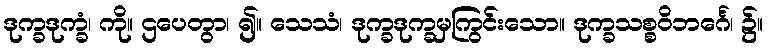
ဒုက္ခဒုက္ခံ၊ ကို။ ဌပေတွာ၊ ၍။ သေသံ၊ ဒုက္ခဒုက္ခမှကြွင်းသော။ ဒုက္ခသစ္စဝိဘင်္ဂေ၊ ၌။